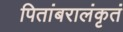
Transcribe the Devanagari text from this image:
पितांबरालंकृतं